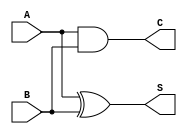
module current_mode_half_adder (
    input wire A,  // Input current source A
    input wire B,  // Input current source B
    output wire S, // Sum output
    output wire C  // Carry output
);

// Internal wire to represent the sum of input currents
wire sum_current;

// Logic for Sum (S)
// S = A XOR B
assign S = A ^ B;

// Logic for Carry (C)
// C = A AND B
assign C = A & B;

endmodule